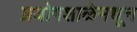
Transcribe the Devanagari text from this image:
प्रयोगशाळेमधून